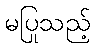
မပြုသည့်